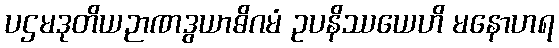
ပဌမဒုတိယဉာဏဒွယာဓိဂမံ ဥပနိဿယေဟိ မနောဟရ